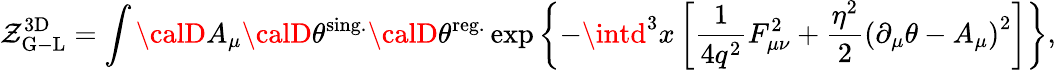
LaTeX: {\cal\mathcal{Z}}_{\mathrm{{G-L}}}^{\mathrm{{3D}}}=\int{\calD}A_{\mu}{\calD}\theta^{\mathrm{{sing.}}}{\calD}\theta^{\mathrm{{reg.}}}\exp\left\{ -\intd^{3}x\left[\frac{{1}}{{4q^{2}}}F_{\mu\nu}^{2}+\frac{{\eta^{2}}}{{2}}\left(\partial_{\mu}\theta-A_{\mu}\right)^{2}\right]\right\} ,